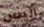
أليس